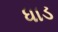
ધાડ